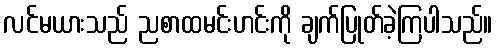
လင်မယားသည် ညစာထမင်းဟင်းကို ချက်ပြုတ်ခဲ့ကြပါသည်။